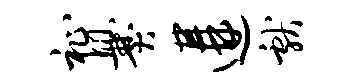
祉爨遘献